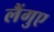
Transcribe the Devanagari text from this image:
लैंगुए